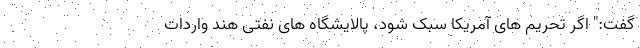
گفت:" اگر تحریم های آمریکا سبک شود، پالایشگاه های نفتی هند واردات